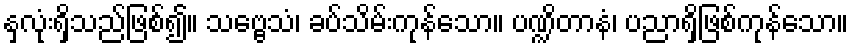
နှလုံးရှိသည်ဖြစ်၍။ သဗ္ဗေသံ၊ ခပ်သိမ်းကုန်သော။ ပဏ္ဍိတာနံ၊ ပညာရှိဖြစ်ကုန်သော။